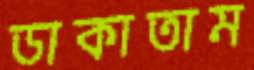
ডাকাতাম